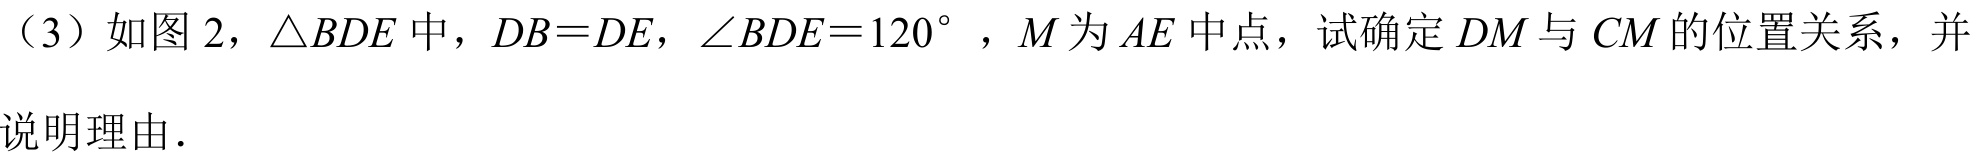
（3）如图 2，$\triangle BDE$中，$DB = DE$，$\angle BDE = 120^{\circ}$，$M$为$AE$中点，试确定$DM$与$CM$的位置关系，并说明理由.